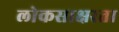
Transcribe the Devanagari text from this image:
लोकसाक्षरता